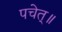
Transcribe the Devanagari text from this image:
पचेत्॥